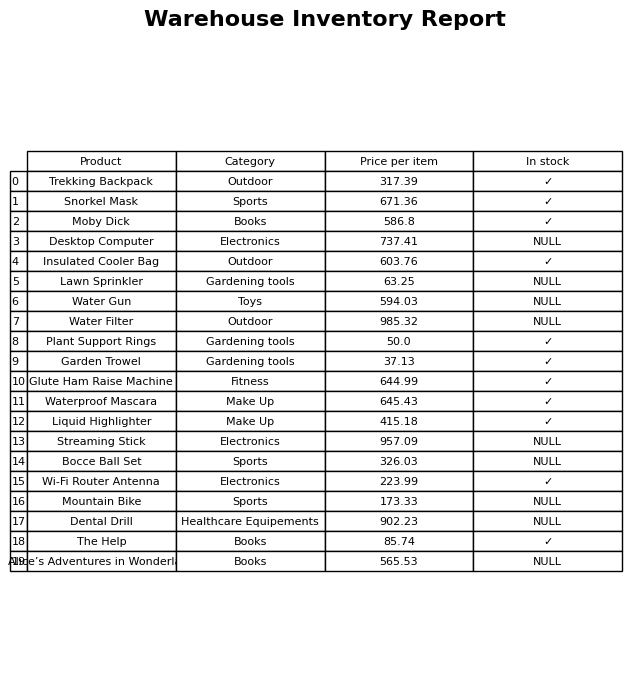
question: Is the Trekking Backpack in stock?
answer: ✓